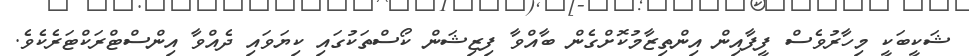
ޝަކީބަކީ މިހާރުވެސް ފީފާއިން އިންތިޒާމުކޮށްގެން ބާއްވާ ފިޒިޝަން ކޯސްތަކުގައި ކިޔަވައި ދެއްވާ އިންސްޓްރަކްޓަރެކެވެ.